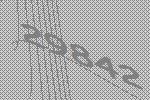
29842